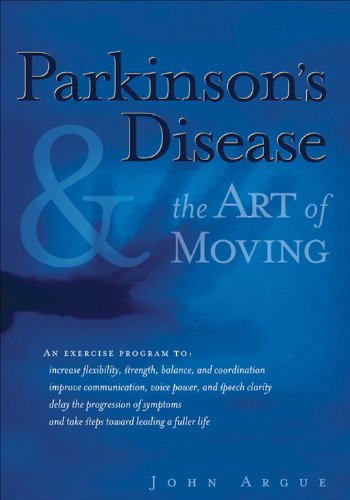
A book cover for Parkinson's Disease & the Art of Moving; John Argue; Health, Fitness & Dieting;